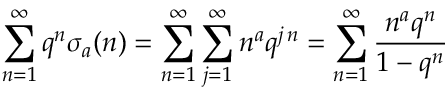
\sum _ { n = 1 } ^ { \infty } q ^ { n } \sigma _ { a } ( n ) = \sum _ { n = 1 } ^ { \infty } \sum _ { j = 1 } ^ { \infty } n ^ { a } q ^ { j \, n } = \sum _ { n = 1 } ^ { \infty } { \frac { n ^ { a } q ^ { n } } { 1 - q ^ { n } } }